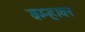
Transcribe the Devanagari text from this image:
ब्रम्हावर